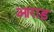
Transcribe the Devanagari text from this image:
आराड़